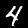
Digit: 4